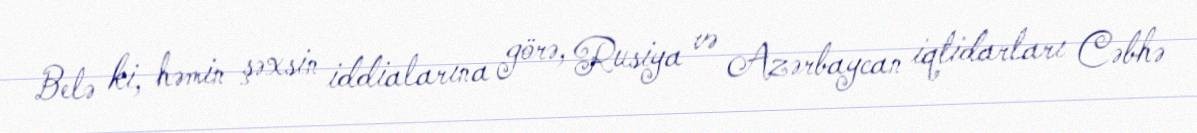
Belə ki, həmin şəxsin iddialarına görə, Rusiya və Azərbaycan iqtidarları Cəbhə